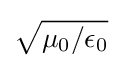
{\sqrt {\mu _{\text{0}}/\epsilon _{\text{0}}}}